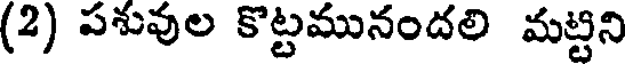
(2) పశువుల కొట్టమునందలి మట్టిని